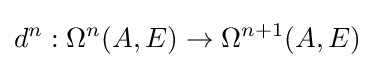
d^{n}:\Omega ^{n}(A,E)\to \Omega ^{n+1}(A,E)